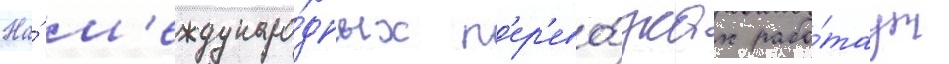
На́ м'еждунаро́дных п'ер'ево́зках рабо́таут